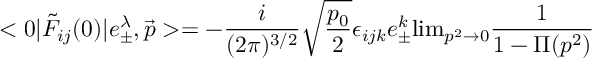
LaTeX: < 0 | \tilde { F } _ { i j } ( 0 ) | e _ { \pm } ^ { \lambda } , { \vec { p } } > = - { \frac { i } { ( 2 \pi ) ^ { 3 / 2 } } } \sqrt { \frac { p _ { 0 } } { 2 } } \epsilon _ { i j k } e _ { \pm } ^ { k } \mathrm { l i m } _ { p ^ { 2 } \rightarrow 0 } { \frac { 1 } { 1 - \Pi ( p ^ { 2 } ) } }